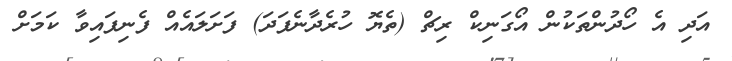
އަދި އެ ހޯދުންތަކުން އޯގަނިކް ރިޗް (ތެޔޮ ހުރެދާނެފަދަ) ފަށަލައެއް ފެނިފައިވާ ކަމަށް